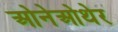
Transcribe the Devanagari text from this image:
ओनेओथेर